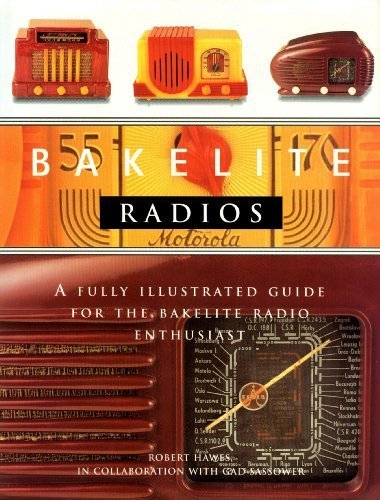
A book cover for Bakelite Radios: A Fully Illustrated Guide For The Bakelite Radio Enthusiast; Robert Hawes; Crafts, Hobbies & Home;